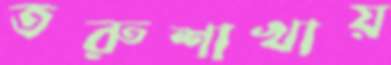
তরুশাখায়